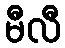
မီလီ